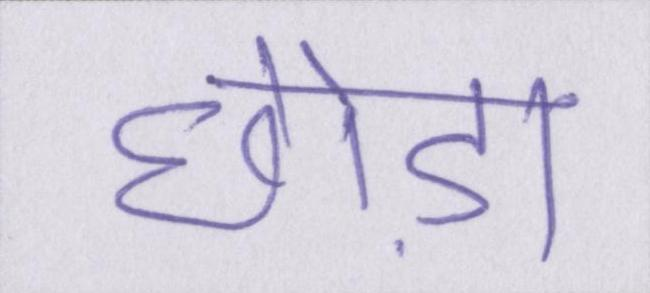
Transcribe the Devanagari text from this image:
छोड़ा